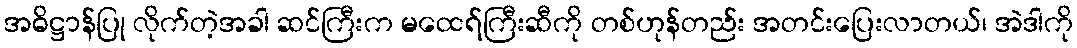
အဓိဋ္ဌာန်ပြု လိုက်တဲ့အခါ ဆင်ကြီးက မထေရ်ကြီးဆီကို တစ်ဟုန်တည်း အတင်းပြေးလာတယ်၊ အဲဒါကို